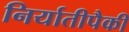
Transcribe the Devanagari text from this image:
निर्यातीपैकी